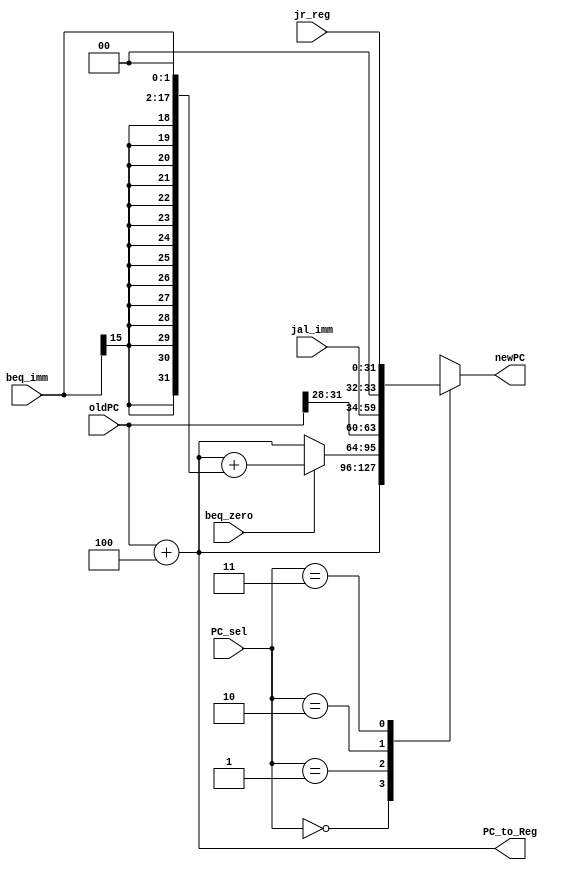
`timescale 1ns / 1ps
//////////////////////////////////////////////////////////////////////////////////
// Company: 
// Engineer: 
// 
// Design Name: 
// Module Name:    npc 
// Project Name: 
// Target Devices: 
// Tool versions: 
// Description: 
//
// Dependencies: 
//
// Revision: 
// Revision 0.01 - File Created
// Additional Comments: 
//
//////////////////////////////////////////////////////////////////////////////////
module npc(
    input [31:0] oldPC,
	 input [15:0] beq_imm,
	 input  beq_zero,
    input [25:0] jal_imm,
    input [31:0] jr_reg,
    input [1:0] PC_sel,
    output reg [31:0] PC_to_Reg,
    output reg [31:0] newPC
    );

	 always @(oldPC or beq_imm or beq_zero or jal_imm or jr_reg or PC_sel) begin
		case(PC_sel)
			2'b00:begin
				newPC = oldPC + 4;
			end
			2'b01:
			begin
				if(beq_zero == 1) newPC = oldPC + 4 + {{14{beq_imm[15]}},beq_imm[15:0],2'b00};//beq
				else newPC = oldPC + 4;
			end
			2'b10:begin
				newPC = {oldPC[31:28],jal_imm[25:0],2'b00};//jal
			end
			2'b11:newPC = jr_reg;//jr			
		endcase
		
		PC_to_Reg = oldPC + 4;
	 end
	 

endmodule